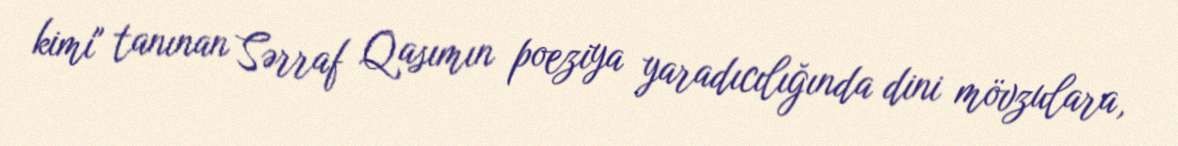
kimi" tanınan Sərraf Qasımın poeziya yaradıcılığında dini mövzulara,